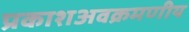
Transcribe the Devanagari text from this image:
प्रकाशअवक्रमणीय